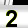
Digit: 2